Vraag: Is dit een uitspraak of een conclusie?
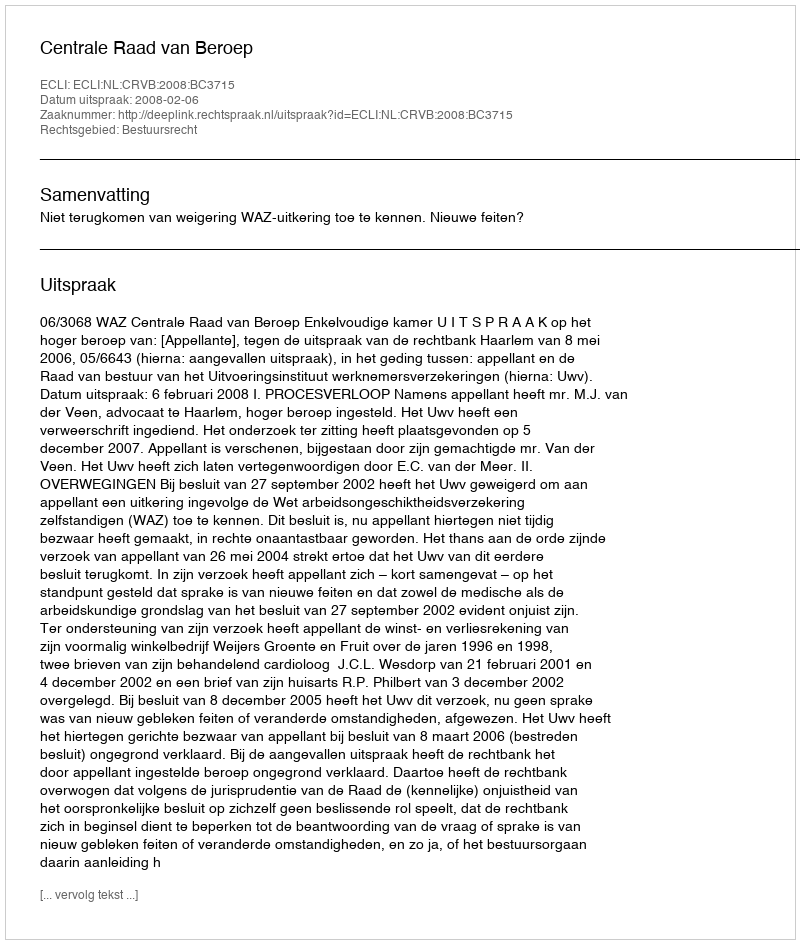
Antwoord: Uitspraak